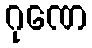
ဂုဏေ